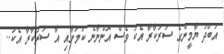
އަބްދު ޔާމީންގެ ސަރުކާރާ އެކު ވެސް އޮންނާނެ ކަމަށާއި އާ ސަރުކާރާ އެކު..